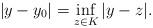
LaTeX: \begin{align*} |y-y_0|=\inf_{z\in K}|y-z|.\end{align*}